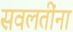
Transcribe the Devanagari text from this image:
सवलतींना